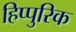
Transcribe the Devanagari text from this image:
हिप्पुरिक